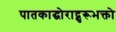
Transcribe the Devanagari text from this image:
पातकाद्घोराद्गुरूभक्तो